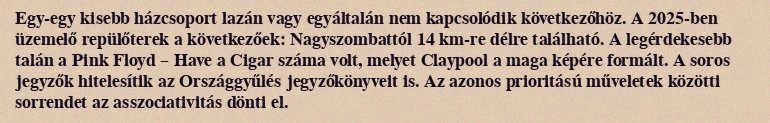
Egy-egy kisebb házcsoport lazán vagy egyáltalán nem kapcsolódik következőhöz. A 2025-ben üzemelő repülőterek a következőek: Nagyszombattól 14 km-re délre található. A legérdekesebb talán a Pink Floyd – Have a Cigar száma volt, melyet Claypool a maga képére formált. A soros jegyzők hitelesítik az Országgyűlés jegyzőkönyveit is. Az azonos prioritású műveletek közötti sorrendet az asszociativitás dönti el.